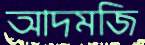
আদমজি